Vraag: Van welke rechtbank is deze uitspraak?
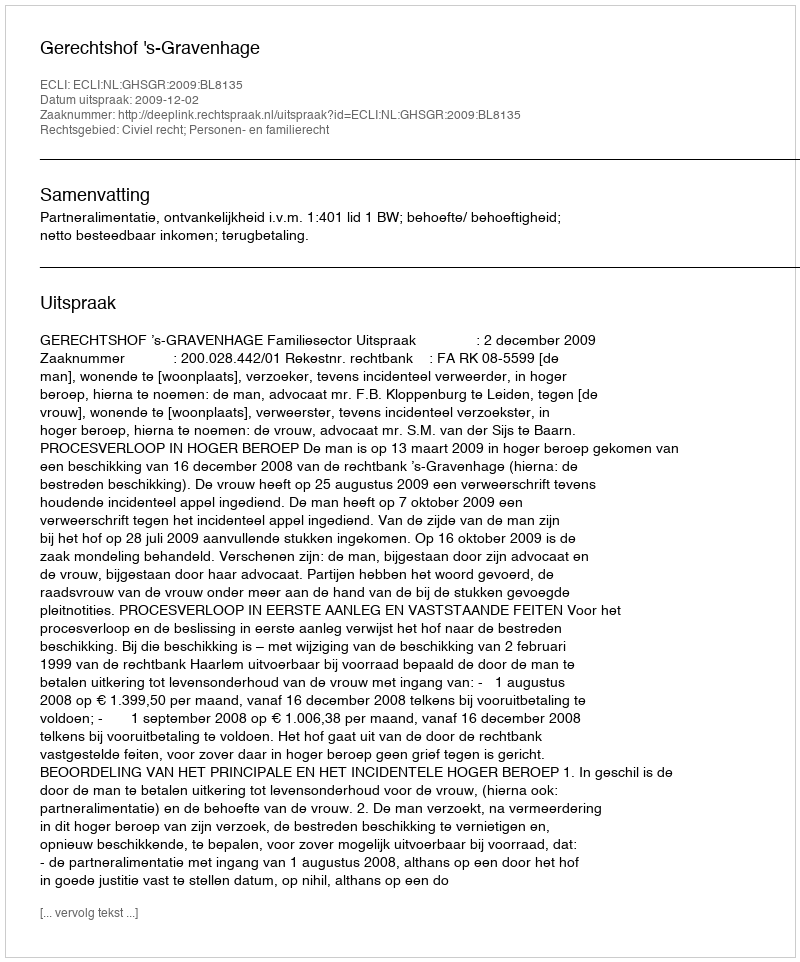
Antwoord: Gerechtshof 's-Gravenhage